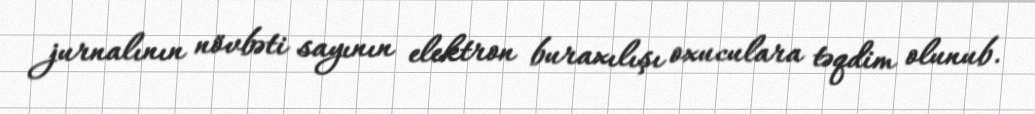
jurnalının növbəti sayının elektron buraxılışı oxuculara təqdim olunub.